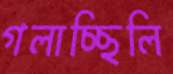
গলাচ্ছিলি